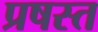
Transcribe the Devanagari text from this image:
प्रषस्त